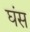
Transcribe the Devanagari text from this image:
घंस